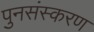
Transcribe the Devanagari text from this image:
पुनसंस्करण